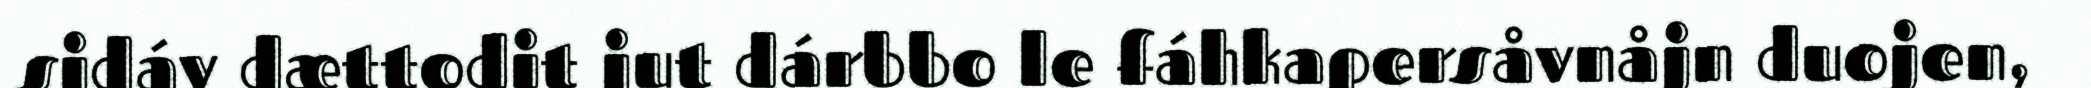
sidáv dættodit jut dárbbo le fáhkapersåvnåjn duojen,